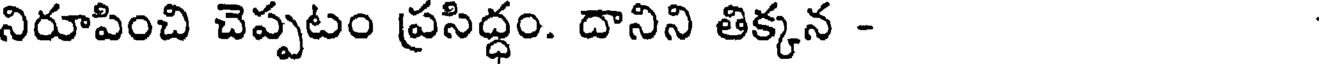
నిరూపించి చెప్పటం ప్రసిద్ధం. దానిని తిక్కన -